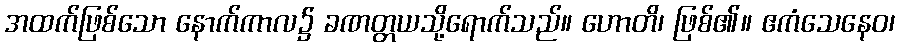
အထက်ဖြစ်သော နောက်ကာလ၌ ခဏတ္တယသို့ရောက်သည်။ ဟောတိ၊ ဖြစ်၏။ ဧကံသေနေဝ၊